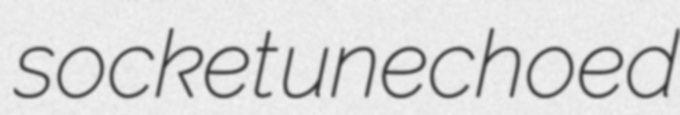
socket unechoed